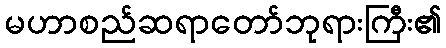
မဟာစည်ဆရာတော်ဘုရားကြီး၏